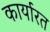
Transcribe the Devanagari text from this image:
कार्यारत